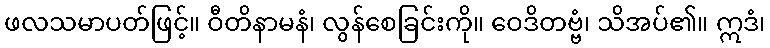
ဖလသမာပတ်ဖြင့်။ ဝီတိနာမနံ၊ လွန်စေခြင်းကို။ ဝေဒိတဗ္ဗံ၊ သိအပ်၏။ ဣဒံ၊